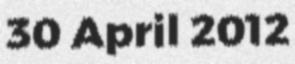
30 April 2012